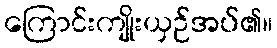
ကြောင်းကျိုးယှဉ်အပ်၏။